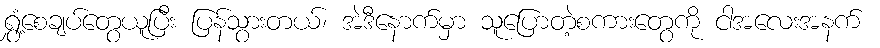
ရွှံ့စေချပ်တွေယူပြီး ပြန်သွားတယ်၊ အဲဒီနောက်မှာ သူပြောတဲ့စကားတွေကို ငါအလေးအနက်